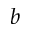
b